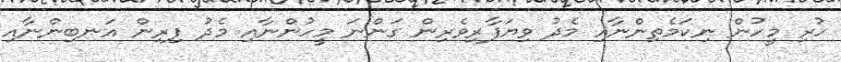
ހުރި މީހުން ނިކަމެތިންނާއި މެދު ވިޔަފާރިވެރިން ގަންނަ މީހުންނާއި މެދު ފިރިން އަނބިންނާއި